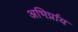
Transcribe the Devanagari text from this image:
अभिर्प्राय